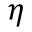
\eta